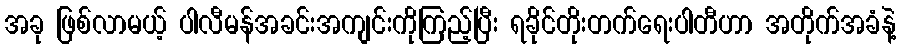
အခု ဖြစ်လာမယ့် ပါလီမန်အခင်းအကျင်းကိုကြည့်ပြီး ရခိုင်တိုးတက်ရေးပါတီဟာ အတိုက်အခံနဲ့